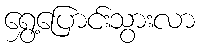
ရွှေ့ပြောင်းသွားလာ